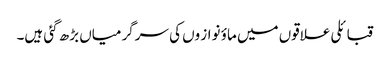
قبائلی علاقوں میں ماؤ نواز وں کی سرگرمیاں بڑھ گئی ہیں۔